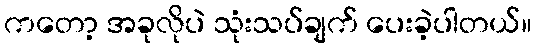
ကတော့ အခုလိုပဲ သုံးသပ်ချက် ပေးခဲ့ပါတယ်။